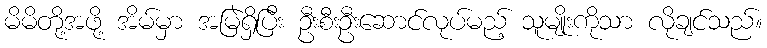
မိမိတို့အဖို့ အိမ်မှာ အမြဲရှိပြီး ဦးစီးဦးဆောင်လုပ်မည့် သူမျိုးကိုသာ လိုချင်သည်။